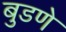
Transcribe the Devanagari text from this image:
बुडणे